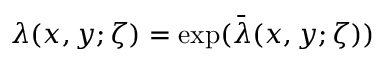
\lambda ( x , y ; \zeta ) = \exp ( \bar { \lambda } ( x , y ; \zeta ) )